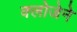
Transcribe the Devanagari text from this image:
क्लोजेने